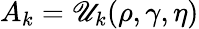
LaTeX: A_{k}=\mathscr{U}_{k}(\rho,\gamma,\eta)